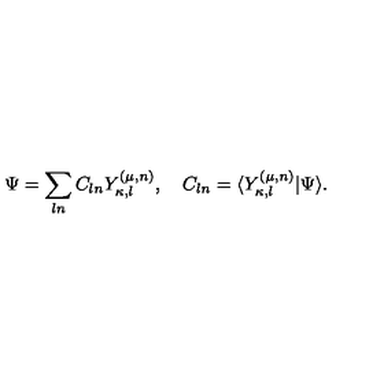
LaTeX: \Psi = \sum _ { l n } C _ { l n } Y _ { \kappa , l } ^ { ( \mu , n ) } , \quad C _ { l n } = \langle Y _ { \kappa , l } ^ { ( \mu , n ) } | \Psi \rangle .